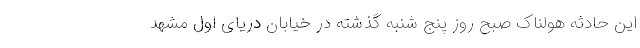
این حادثه هولناک صبح روز پنج شنبه گذشته در خیابان دریای اول مشهد